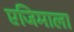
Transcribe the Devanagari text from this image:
एजिमाला